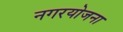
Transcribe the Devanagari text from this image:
नगरयोजना